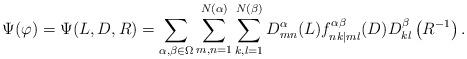
LaTeX: \begin{align*}\Psi(\varphi)=\Psi(L,D,R)=\sum\limits_{\alpha,\beta\in\Omega}\sum\limits^{N(\alpha)}_{m,n=1}\sum\limits^{N(\beta)}_{k,l=1}D^{\alpha}_{mn}(L)f^{\alpha\beta}_{nk|ml}(D)D^{\beta}_{kl}\left(R^{-1}\right).\end{align*}